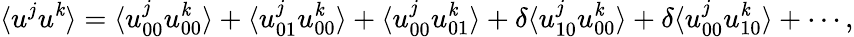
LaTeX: \langle{u^{j}u^{\mathit{k}}}\rangle=\langle{u_{00}^{j}u_{00}^{\mathit{k}}}\rangle+\langle{u_{01}^{j}u_{00}^{\mathit{k}}}\rangle+\langle{u_{00}^{j}u_{01}^{\mathit{k}}}\rangle+\delta\langle{u_{10}^{j}u_{00}^{\mathit{k}}}\rangle+\delta\langle{u_{00}^{j}u_{10}^{\mathit{k}}}\rangle+\cdots,